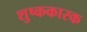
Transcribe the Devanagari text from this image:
शुष्ककारक